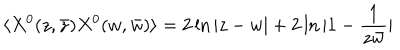
\langle X ^ { 0 } ( z , \bar { z } ) X ^ { 0 } ( w , \bar { w } ) \rangle = 2 \ln | z - w | + 2 \ln | 1 - { \frac { 1 } { z \bar { w } } } |